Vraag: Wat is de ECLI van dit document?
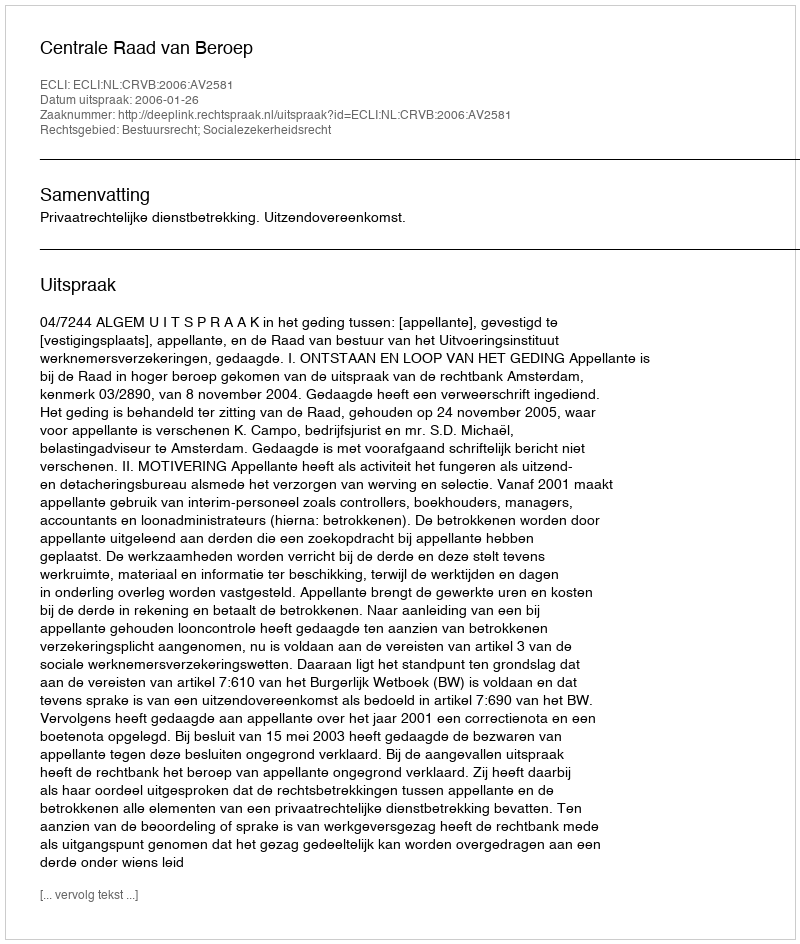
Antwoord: ECLI:NL:CRVB:2006:AV2581